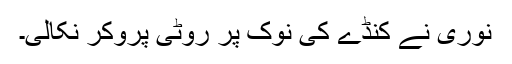
نوری نے کنڈے کی نوک پر روٹی پروکر نکالی۔